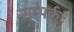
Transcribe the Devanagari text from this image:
सम्पर्कः